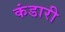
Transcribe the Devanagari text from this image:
कंडारी